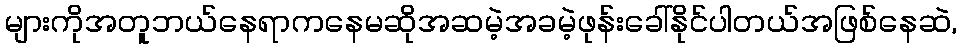
များကိုအတူဘယ်နေရာကနေမဆိုအဆမဲ့အခမဲ့ဖုန်းခေါ်နိုင်ပါတယ်အဖြစ်နေဆဲ,